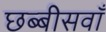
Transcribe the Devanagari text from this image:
छब्बीसवाँ